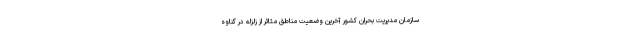
سازمان مدیریت بحران کشور آخرین وضعیت مناطق متاثر از زلزله در گناوه